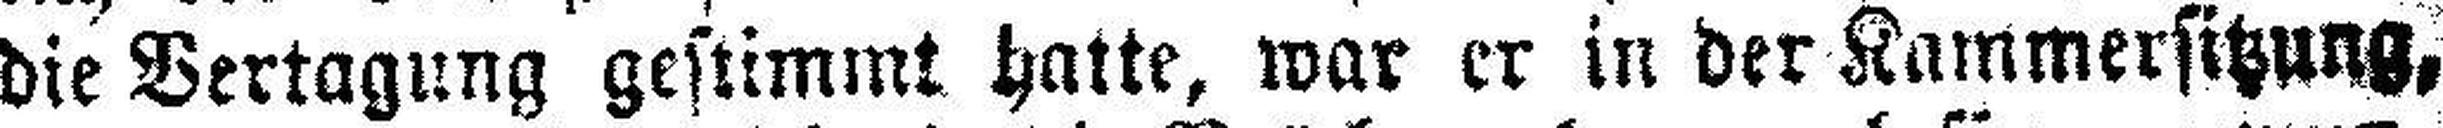
die Vertagung gestimmt hatte, war er in der Kammersitzung,